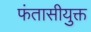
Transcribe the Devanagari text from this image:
फंतासीयुक्त